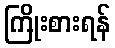
ကြိုးစားရန်